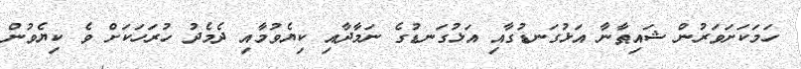
ހަމަކަށަވަރުން ޝައިޠާނާ އަޅުގަނޑުގާއި އަޅުގަނޑުގެ ނަމާދާއި ކިޔެވުމާއި ދެމެދު ހުރަހަކަށް ވެ ކިޔެވުން